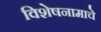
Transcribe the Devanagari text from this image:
विशेषनामाचे